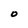
Character: 0